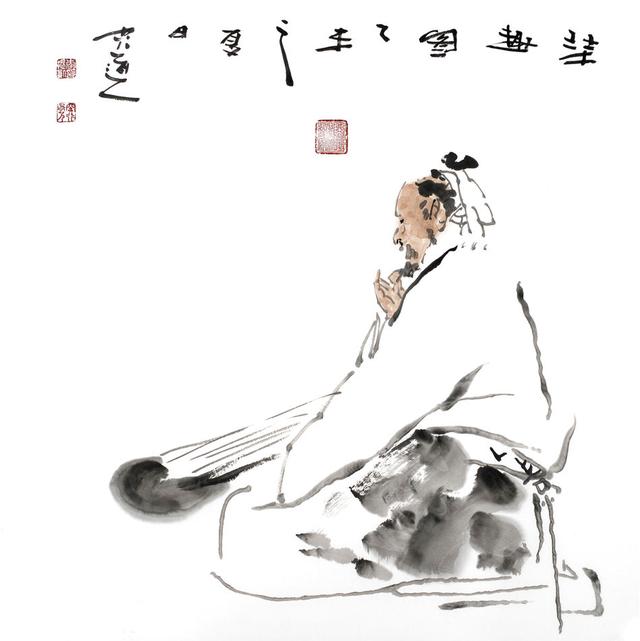
有力者疾以助人，有财者勉以分人，有道者劝以教人。